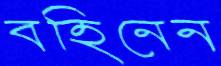
বহিনেন